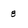
Character: 8